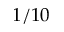
1 / 1 0